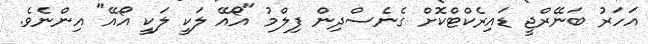
އަހަރު ބަނޭރްޖީ ޑައިރެކްޓްކޮށް ގެނެސްދިން ފިލްމު "އޯއޭ ލަކީ ލަކީ އޯއޭ" އިންނެވެ.